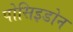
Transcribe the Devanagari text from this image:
पोसिइडोन